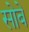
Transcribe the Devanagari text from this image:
सोबे